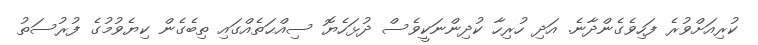
ކުރިއަށްވުރެ ފަހިވެގެންދާނެ. އަދި ހުރިހާ ކުދިންނަކީވެސް ދުޅަހެޔޮ ސިއްޙަތެއްގައި ތިބެގެން ކިޔެވުމުގެ ފުރުސަތު